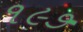
૧૯૭